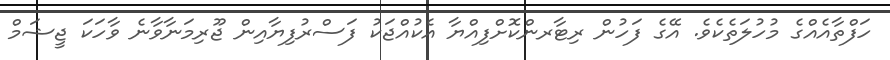
ހަފްތާއެއްގެ މުހުލަތެކެވެ. އޭގެ ފަހުން ރިޓާރންކޮށްފިއްޔާ އެކުއްޖަކު ފަސްރުފިޔާއިން ޖޫރިމަނާވާނެ ވާހަކަ ޖީޝަމް